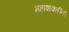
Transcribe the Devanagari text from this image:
महाशक्तींनी